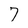
Character: 7